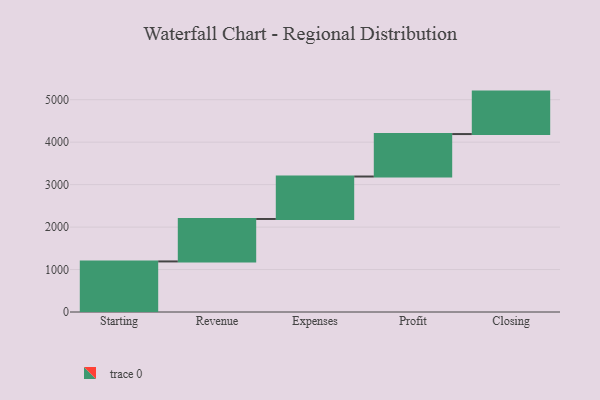
{"axis": {"x": "Step", "y": "Value"}, "legend": [""], "data": [{"x": "Starting", "y": 1191.0, "type": ""}, {"x": "Revenue", "y": 1000, "type": ""}, {"x": "Expenses", "y": 1000, "type": ""}, {"x": "Profit", "y": 1000, "type": ""}, {"x": "Closing", "y": 1000, "type": ""}]}